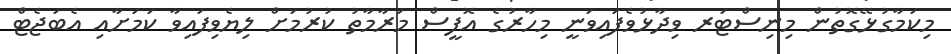
މިކަމާގުޅޭގޮތުން މިނިސްޓަރ ވިދާޅުވެފައިވަނީ މިހާރުގެ އޮފީސް މަރާމާތު ކުރުމަށް ލިޔެވިފައިވާ ކަމަށާއި އެބަޖެޓް